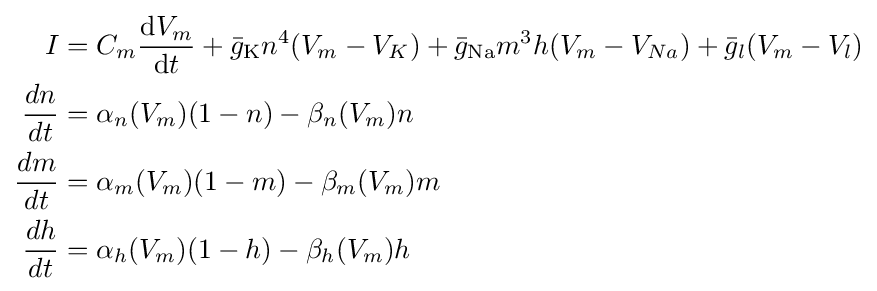
{\begin{aligned}I&=C_{m}{\frac {{\mathrm {d} }V_{m}}{{\mathrm {d} }t}}+{\bar {g}}_{\text{K}}n^{4}(V_{m}-V_{K})+{\bar {g}}_{\text{Na}}m^{3}h(V_{m}-V_{Na})+{\bar {g}}_{l}(V_{m}-V_{l})\\{\frac {dn}{dt}}&=\alpha _{n}(V_{m})(1-n)-\beta _{n}(V_{m})n\\{\frac {dm}{dt}}&=\alpha _{m}(V_{m})(1-m)-\beta _{m}(V_{m})m\\{\frac {dh}{dt}}&=\alpha _{h}(V_{m})(1-h)-\beta _{h}(V_{m})h\end{aligned}}